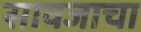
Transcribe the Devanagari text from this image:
सावजाचा